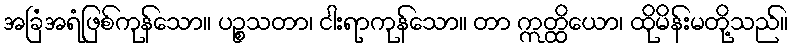
အခြံအရံဖြစ်ကုန်သော။ ပဉ္စသတာ၊ ငါးရာကုန်သော။ တာ ဣတ္ထိယော၊ ထိုမိန်းမတို့သည်။